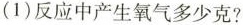
(1)反应中产生氧气多少克?